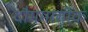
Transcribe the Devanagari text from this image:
दौगमातीक